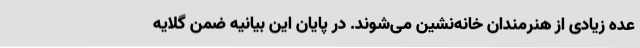
عده زیادی از هنرمندان خانه‌نشین می‌شوند. در پایان این بیانیه ضمن گلایه